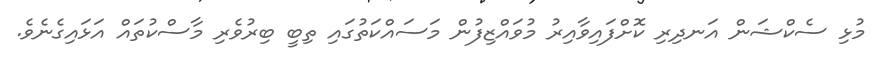
މުޅި ސެކްޝަން އަނދިރި ކޮށްފައިވާއިރު މުވައްޒިފުން މަސައްކަތުގައި ތިބީ ބިރުވެރި މާސްކުތައް އަޅައިގެނެވެ.